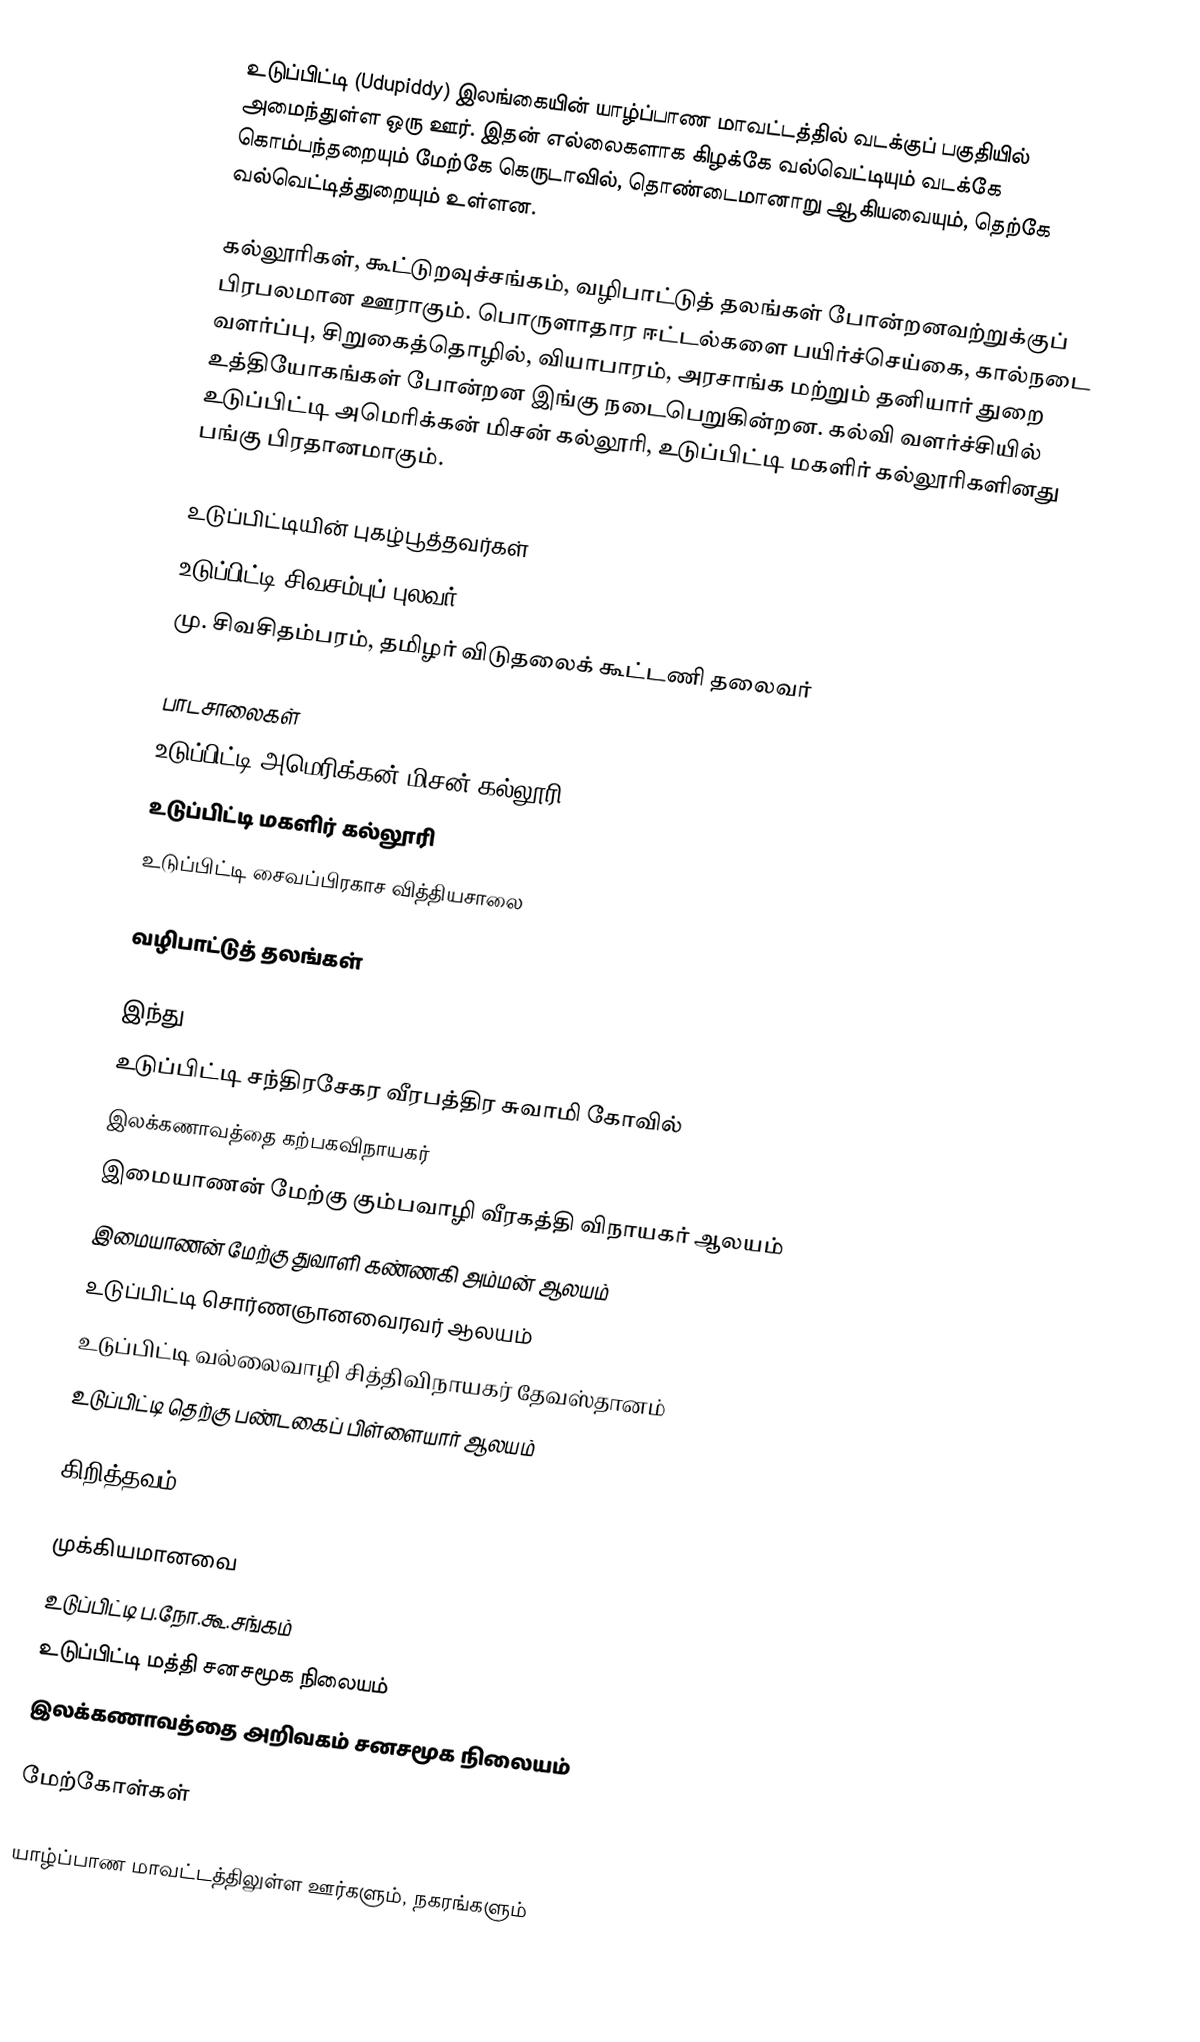
உடுப்பிட்டி (Udupiddy) இலங்கையின் யாழ்ப்பாண மாவட்டத்தில் வடக்குப் பகுதியில் அமைந்துள்ள ஒரு ஊர். இதன் எல்லைகளாக கிழக்கே வல்வெட்டியும் வடக்கே கொம்பந்தறையும் மேற்கே கெருடாவில், தொண்டைமானாறு ஆகியவையும், தெற்கே வல்வெட்டித்துறையும் உள்ளன.

கல்லூரிகள், கூட்டுறவுச்சங்கம், வழிபாட்டுத் தலங்கள் போன்றனவற்றுக்குப் பிரபலமான ஊராகும். பொருளாதார ஈட்டல்களை பயிர்ச்செய்கை, கால்நடை வளர்ப்பு, சிறுகைத்தொழில், வியாபாரம், அரசாங்க மற்றும் தனியார் துறை உத்தியோகங்கள் போன்றன இங்கு நடைபெறுகின்றன. கல்வி வளர்ச்சியில் உடுப்பிட்டி அமெரிக்கன் மிசன் கல்லூரி, உடுப்பிட்டி மகளிர் கல்லூரிகளினது பங்கு பிரதானமாகும்.

உடுப்பிட்டியின் புகழ்பூத்தவர்கள்
 உடுப்பிட்டி சிவசம்புப் புலவர்
 மு. சிவசிதம்பரம், தமிழர் விடுதலைக் கூட்டணி தலைவர்

பாடசாலைகள்
 உடுப்பிட்டி அமெரிக்கன் மிசன் கல்லூரி
 உடுப்பிட்டி மகளிர் கல்லூரி
 உடுப்பிட்டி சைவப்பிரகாச வித்தியசாலை

வழிபாட்டுத் தலங்கள்

இந்து
 உடுப்பிட்டி சந்திரசேகர வீரபத்திர சுவாமி கோவில்
 இலக்கணாவத்தை கற்பகவிநாயகர்
 இமையாணன் மேற்கு கும்பவாழி வீரகத்தி விநாயகர் ஆலயம்
 இமையாணன் மேற்கு துவாளி கண்ணகி அம்மன் ஆலயம்
 உடுப்பிட்டி சொர்ணஞானவைரவர் ஆலயம்
 உடுப்பிட்டி வல்லைவாழி சித்திவிநாயகர் தேவஸ்தானம்
 உடுப்பிட்டி தெற்கு பண்டகைப் பிள்ளையார் ஆலயம்

கிறித்தவம்

முக்கியமானவை
 உடுப்பிட்டி ப.நோ.கூ.சங்கம்
 உடுப்பிட்டி மத்தி சனசமூக நிலையம்
 இலக்கணாவத்தை அறிவகம் சனசமூக நிலையம்

மேற்கோள்கள்

யாழ்ப்பாண மாவட்டத்திலுள்ள ஊர்களும், நகரங்களும்